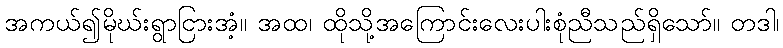
အကယ်၍မိုဃ်းရွာငြားအံ့။ အထ၊ ထိုသို့အကြောင်းလေးပါးစုံညီသည်ရှိသော်။ တဒါ၊